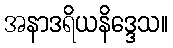
အနာဒရိယနိဒ္ဒေသ။